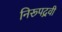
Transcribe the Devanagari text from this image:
निरूपद्रवी